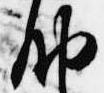
納